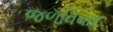
જળવિવાદ